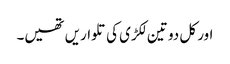
اور کل دو تین لکڑی کی تلواریں تھیں۔